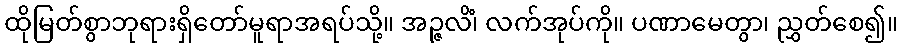
ထိုမြတ်စွာဘုရားရှိတော်မူရာအရပ်သို့။ အဉ္ဇလိံ၊ လက်အုပ်ကို။ ပဏာမေတွာ၊ ညွှတ်စေ၍။